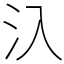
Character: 𣱿